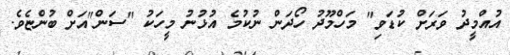
އުއްމީދު ވަރަށް ކުޑަވި" މަހްމޫދު ހޯދަން ނުކުމެ އުޅުނު މީހަކު "ސަން"އަށް ބުންޏެވެ.